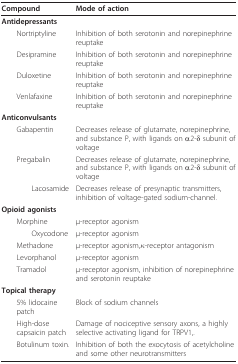
| Compound | Mode of action |
 | --- | --- |
 | Antidepressants |  |
 | Nortriptyline | Inhibition of both serotonin and norepinephrine reuptake |
 | Desipramine | Inhibition of both serotonin and norepinephrine reuptake |
 | Duloxetine | Inhibition of both serotonin and norepinephrine reuptake |
 | Venlafaxine | Inhibition of both serotonin and norepinephrine reuptake |
 | Anticonvulsants |  |
 | Gabapentin | Decreases release of glutamate, norepinephrine, and substance P, with ligands on α2-δ subunit of voltage |
 | Pregabalin | Decreases release of glutamate, norepinephrine, and substance P, with ligands on α2-δ subunit of voltage |
 | Lacosamide | Decreases release of presynaptic transmitters, inhibition of voltage-gated sodium-channel. |
 | Opioid agonists |  |
 | Morphine | μ-receptor agonism |
 | Oxycodone | μ-receptor agonism |
 | Methadone | μ-receptor agonism,κ-receptor antagonism |
 | Levorphanol | μ-receptor agonism |
 | Tramadol | μ-receptor agonism, inhibition of norepinephrine and serotonin reuptake |
 | Topical therapy |  |
 | 5% lidocaine patch | Block of sodium channels |
 | High-dose capsaicin patch | Damage of nociceptive sensory axons, a highly selective activating ligand for TRPV1,. |
 | Botulinum toxin. | Inhibition of both the exocytosis of acetylcholine and some other neurotransmitters |